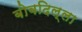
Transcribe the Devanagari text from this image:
बोबदिल्ला